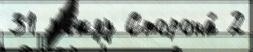
31 м'е́жду Сторона́ 2